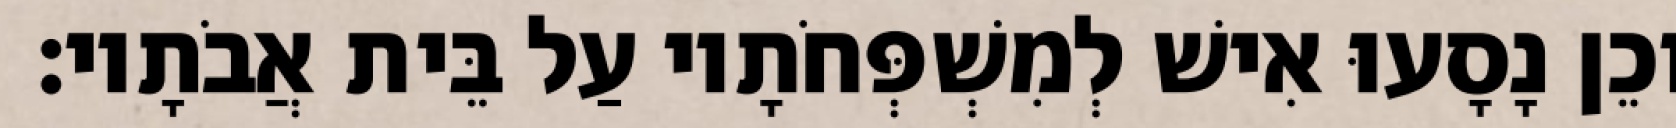
וְכֵן נָסָעוּ אִישׁ לְמִשְׁפְּחֹתָיו עַל בֵּית אֲבֹתָיו׃